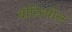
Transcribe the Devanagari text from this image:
बोरिस्पोल